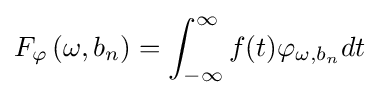
F_{\varphi }\left(\omega ,b_{n}\right)=\int _{-\infty }^{\infty }f(t)\varphi _{\omega ,b_{n}}dt